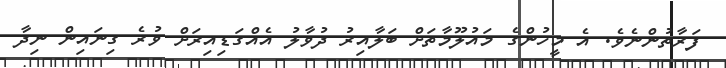
ފަރާތުންނެވެ. އެ މީހުންގެ މައުލޫމާތަށް ބަލާއިރު ދުވާލު އެއްގަޑިއިރަށް ވުރެ ގިނައިން ނިދާ